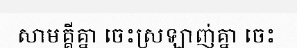
សាមគ្គីគ្នា ចេះស្រឡាញ់គ្នា ចេះ